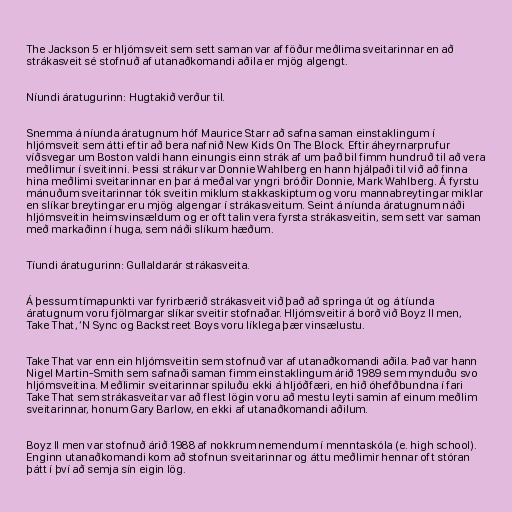
The Jackson 5 er hljómsveit sem sett saman var af föður meðlima sveitarinnar en að
strákasveit sé stofnuð af utanaðkomandi aðila er mjög algengt.

Níundi áratugurinn: Hugtakið verður til.

Snemma á níunda áratugnum hóf Maurice Starr að safna saman einstaklingum í
hljómsveit sem átti eftir að bera nafnið New Kids On The Block. Eftir áheyrnarprufur
víðsvegar um Boston valdi hann einungis einn strák af um það bil fimm hundruð til að vera
meðlimur í sveitinni. Þessi strákur var Donnie Wahlberg en hann hjálpaði til við að finna
hina meðlimi sveitarinnar en þar á meðal var yngri bróðir Donnie, Mark Wahlberg. Á fyrstu
mánuðum sveitarinnar tók sveitin miklum stakkaskiptum og voru mannabreytingar miklar
en slíkar breytingar eru mjög algengar í strákasveitum. Seint á níunda áratugnum náði
hljómsveitin heimsvinsældum og er oft talin vera fyrsta strákasveitin, sem sett var saman
með markaðinn í huga, sem náði slíkum hæðum.

Tíundi áratugurinn: Gullaldarár strákasveita.

Á þessum tímapunkti var fyrirbærið strákasveit við það að springa út og á tíunda
áratugnum voru fjölmargar slíkar sveitir stofnaðar. Hljómsveitir á borð við Boyz II men,
Take That, ‘N Sync og Backstreet Boys voru líklega þær vinsælustu.

Take That var enn ein hljómsveitin sem stofnuð var af utanaðkomandi aðila. Það var hann
Nigel Martin-Smith sem safnaði saman fimm einstaklingum árið 1989 sem mynduðu svo
hljómsveitina. Meðlimir sveitarinnar spiluðu ekki á hljóðfæri, en hið óhefðbundna í fari
Take That sem strákasveitar var að flest lögin voru að mestu leyti samin af einum meðlim
sveitarinnar, honum Gary Barlow, en ekki af utanaðkomandi aðilum.

Boyz II men var stofnuð árið 1988 af nokkrum nemendum í menntaskóla (e. high school).
Enginn utanaðkomandi kom að stofnun sveitarinnar og áttu meðlimir hennar oft stóran
þátt í því að semja sín eigin lög.